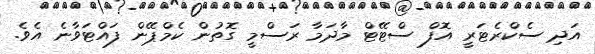
އަދި ސެކްރެޓަރީ އޮފް ސްޓޭޓް މާދަމާ ރަސްމީ ގޮތުން ކެމްޕޭން ފައްޓަވާނެ އެވެ.